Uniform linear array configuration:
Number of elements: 4
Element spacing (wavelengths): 1
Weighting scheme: hamming
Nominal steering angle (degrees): -15
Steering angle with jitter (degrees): -15.534
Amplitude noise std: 0.05
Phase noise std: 0.05

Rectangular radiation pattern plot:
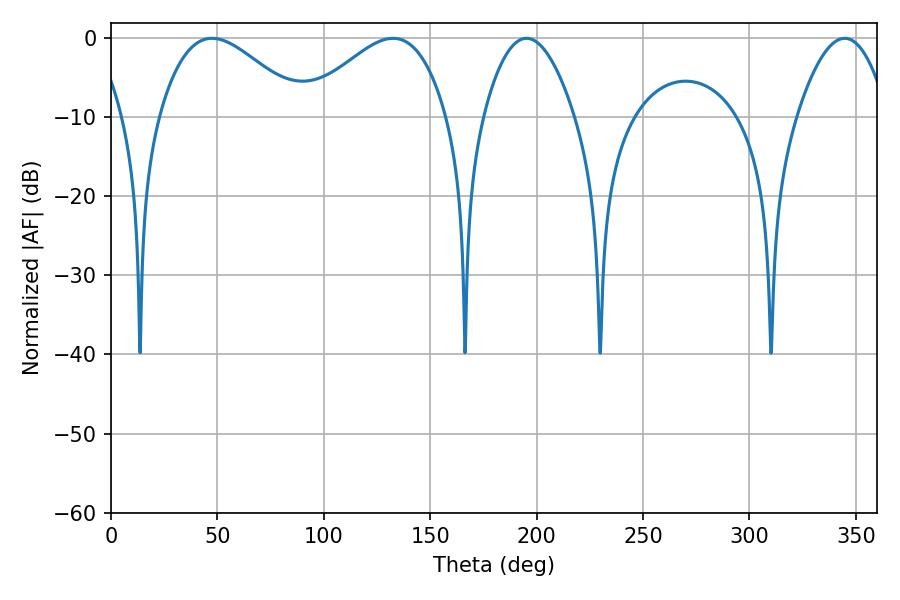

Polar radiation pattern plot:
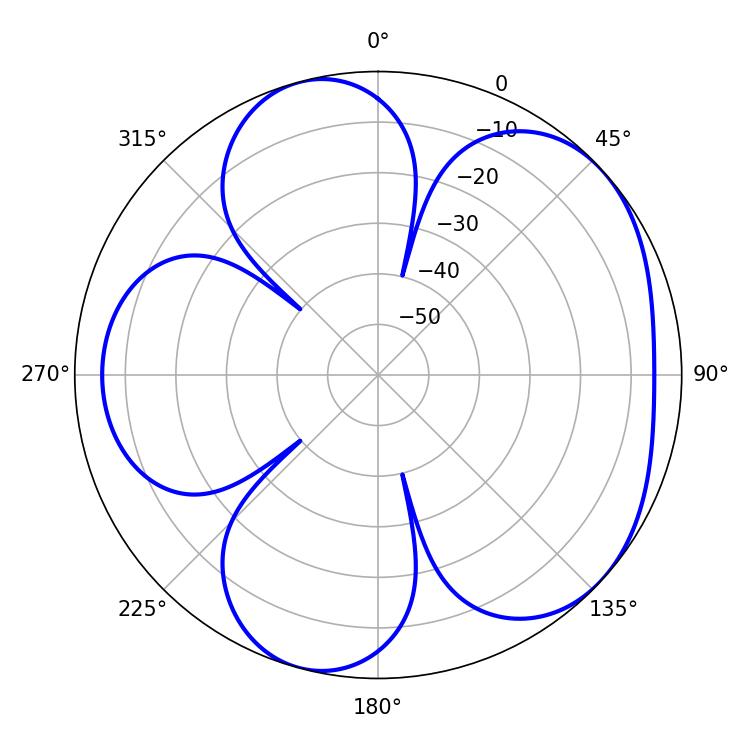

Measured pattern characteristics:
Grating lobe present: TRUE
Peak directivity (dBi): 4.937
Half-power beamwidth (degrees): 36.36
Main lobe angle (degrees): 47.52